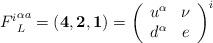
LaTeX: \begin{align*}{F^i}^{\alpha a}_L=({\bf4},{\bf2},{\bf1})= \left(\begin{array}{cc} u^\alpha & \nu \\ d^\alpha & e\end{array} \right)^i\end{align*}